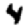
Digit: 4